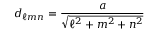
d _ { \ell m n } = { \frac { a } { \sqrt { \ell ^ { 2 } + m ^ { 2 } + n ^ { 2 } } } }